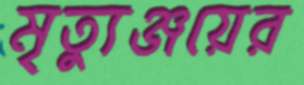
মৃত্যুঞ্জয়ের